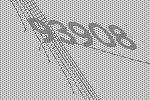
93908